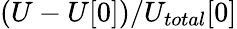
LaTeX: (U-U[0])/U_{total}[0]